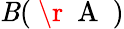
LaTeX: \mathit{B}(\mathrm{{~\r{~}{~A~}~}})